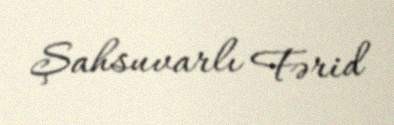
Şahsuvarlı Fərid